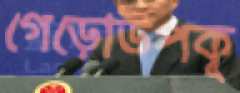
গেড়োউপকূ